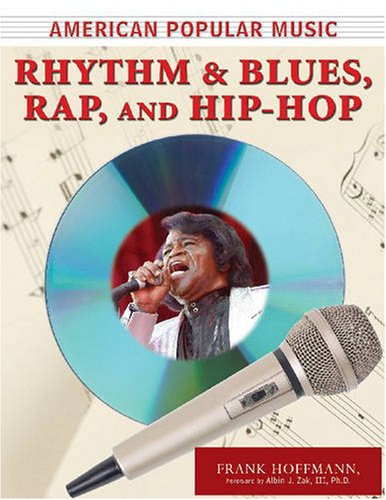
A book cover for Rhythm and Blues, Rap, and Hip-Hop (American Popular Music); Frank W. Hoffmann; Teen & Young Adult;